Civil Veterinary Department Bihar reports 1936-40 - 1936-1940
Year: 1936
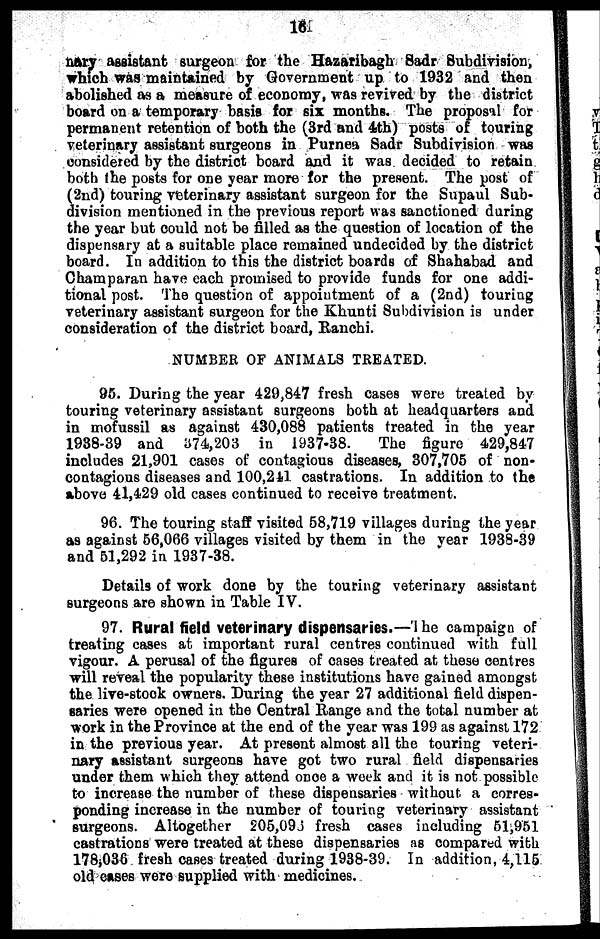
18
nary assistant surgeon for the Hazaribagh Sadr Subdivision,
which was maintained by Government up to 1932 and then
abolished as a measure of economy, was revived by the district
board on a temporary basis for six months. The proposal for
permanent retention of both the (3rd and 4th) posts of touring
veterinary assistant surgeons in Purnea Sadr Subdivision was
considered by the district board and it was decided to retain
both the posts for one year more for the present. The post of
(2nd) touring veterinary assistant surgeon for the Supaul Sub-
division mentioned in the previous report was sanctioned during
the year but could not be filled as the question of location of the
dispensary at a suitable place remained undecided by the district
board. In addition to this the district boards of Shahabad and
Champaran have each promised to provide funds for one addi-
tional post. The question of appointment of a (2nd) touring
veterinary assistant surgeon for the Khunti Subdivision is under
consideration of the district board, Ranchi.
NUMBER OF ANIMALS TREATED.
95. During the year 429,847 fresh cases were treated by
touring veterinary assistant surgeons both at headquarters and
in mofussil as against 430,088 patients treated in the year
1938-39 and 374,203 in 1937-38.
The figure 429,847
includes 21,901 cases of contagious diseases, 307,705 of non-
contagious diseases and 100,241 castrations. In addition to the
above 41,429 old cases continued to receive treatment.
96. The touring staff visited 58,719 villages during the year
as against 56,066 villages visited by them in the year 1938-39
and 51,292 in 1937-38.
Details of work done by the touring veterinary assistant
surgeons are shown in Table IV.
97. Rural field veterinary dispensaries.—The campaign of
treating cases at important rural centres continued with full
vigour. A perusal of the figures of cases treated at these centres
will reveal the popularity these institutions have gained amongst
the live-stock owners. During the year 27 additional field dispen-
saries were opened in the Central Range and the total number at
work in the Province at the end of the year was 199 as against 172
in the previous year. At present almost all the touring veteri-
nary assistant surgeons have got two rural field dispensaries
under them which they attend once a week and it is not possible
to increase the number of these dispensaries without a corres-
ponding increase in the number of touring veterinary assistant
surgeons. Altogether 205,096 fresh cases including 51,951
castrations were treated at these dispensaries as compared with
178,036 fresh cases treated during 1938-39. In addition, 4,115
old cases were supplied with medicines.